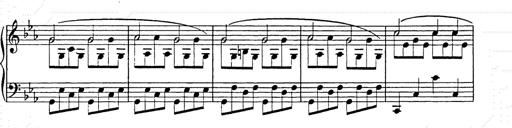
Title: Allegro di bravura
Composer: Carl Maria von Weber
Key: D major